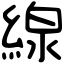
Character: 線